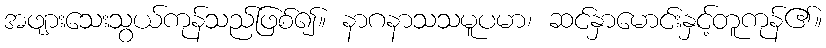
အဖျားသေးသွယ်ကုန်သည်ဖြစ်၍။ နာဂနာသသမူပမာ၊ ဆင်နှာမောင်းနှင့်တူကုန်၏။